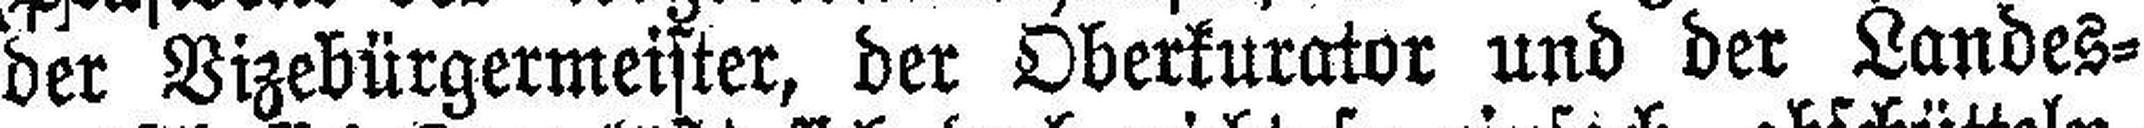
der Vizebürgermeister, der Oberkurator und der Landes¬